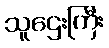
သူဌေးကြီး